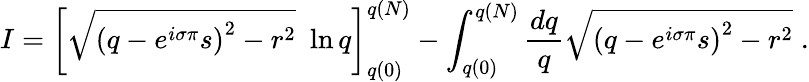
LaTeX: I=\left[\sqrt{\left(q-e^{i\sigma\pi}s\right)^{2}-r^{2}}\, \, \ln q\right]_{q(0)}^{q(N)}-\int_{q(0)}^{q(N)}\frac{dq}{q}\sqrt{\left(q-e^{i\sigma\pi}s\right)^{2}-r^{2}}\; .